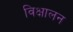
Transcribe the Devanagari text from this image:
विक्षालन